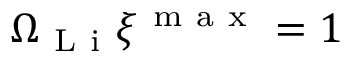
\Omega _ { \mathrm { ~ L ~ i ~ } } \xi ^ { \mathrm { ~ m ~ a ~ x ~ } } = 1